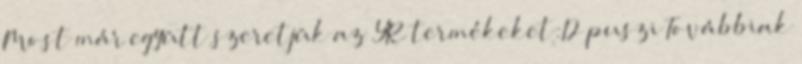
Most már együtt szeretjük az YR termékeket:D puszi Továbbiak